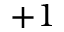
+ 1